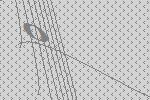
0